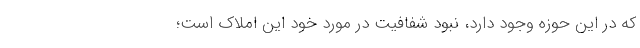
که در این حوزه وجود دارد، نبود شفافیت در موردِ خود این املاک است؛